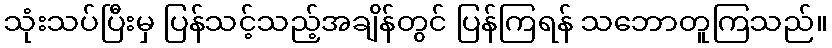
သုံးသပ်ပြီးမှ ပြန်သင့်သည့်အချိန်တွင် ပြန်ကြရန် သဘောတူကြသည်။